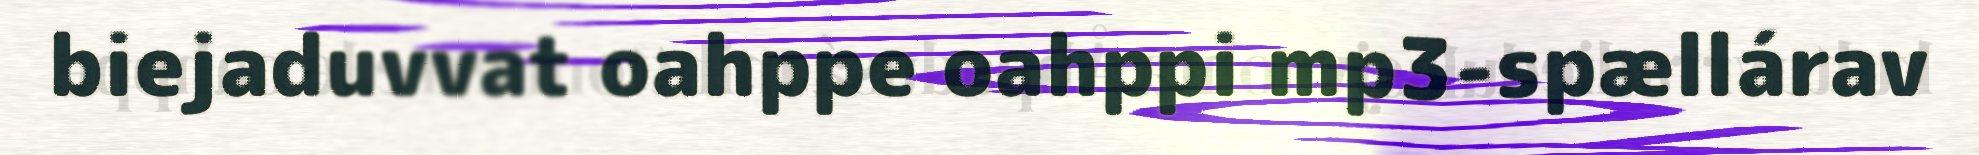
biejaduvvat oahppe oahppi mp3-spællárav